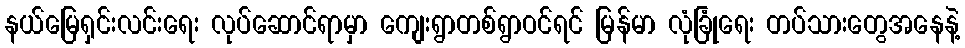
နယ်မြေရှင်းလင်းရေး လုပ်ဆောင်ရာမှာ ကျေးရွာတစ်ရွာဝင်ရင် မြန်မာ လုံခြုံရေး တပ်သားတွေအနေနဲ့